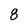
Character: 8